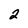
Character: 2